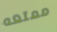
ممتعه